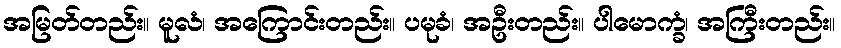
အမြတ်တည်း။ မူလံ၊ အကြောင်းတည်း။ ပမုခံ၊ အဦးတည်း။ ပါမောက္ခံ၊ အကြီးတည်း။